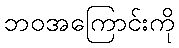
ဘဝအကြောင်းကို